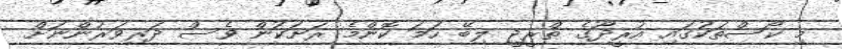
މި ކޯސްތަކުގައި އުރީދޫގެ ތްރީޖީ ލިބޭ ހަމަ ކޮންމެ ރަށަކުން ވެސް ދަރިވަރުންނަށް